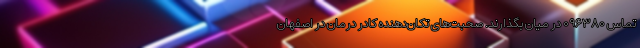
تماس ۰۹۶۳۸۰ در میان بگذارند. صحبت‌های تکان‌دهنده کادر درمان در اصفهان